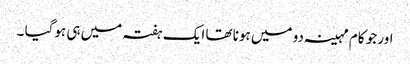
اور جو کام مہینہ دو میں ہونا تھا ایک ہفتہ میں ہی ہوگیا ۔